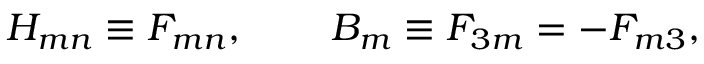
H _ { m n } \equiv F _ { m n } , \, \quad \quad B _ { m } \equiv F _ { 3 m } = - F _ { m 3 } , \,